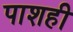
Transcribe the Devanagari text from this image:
पाशही